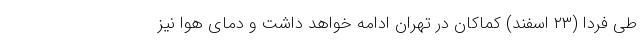
طی فردا (۲۳ اسفند) کماکان در تهران ادامه خواهد داشت و دمای هوا نیز